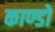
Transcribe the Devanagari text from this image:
काण्डो